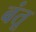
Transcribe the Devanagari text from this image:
बंतू